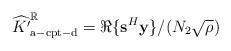
LaTeX: \begin{align*}\widehat{K'}_{\mathrm{a-cpt-d}}^\mathbb{R}=\Re\{\mathbf{s}^H\mathbf{y}\}/(N_2\sqrt{\rho})\end{align*}